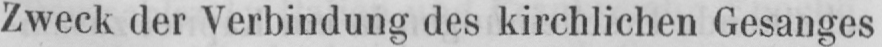
Zweck der Verbindung des kirchlichen Gesanges